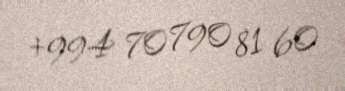
+994 70 790 81 60